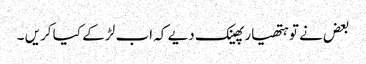
بعض نے تو ہتھیار پھینک دیے کہ اب لڑ کے کیا کریں ۔